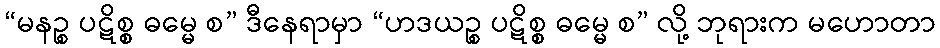
“မနဉ္စ ပဋိစ္စ ဓမ္မေ စ” ဒီနေရာမှာ “ဟဒယဉ္စ ပဋိစ္စ ဓမ္မေ စ” လို့ ဘုရားက မဟောတာ